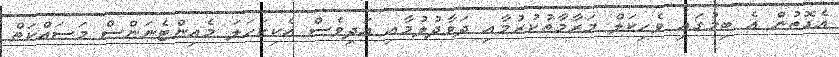
އެގޮތުން އެ ބިމުގައި ވެހިކަލް މަރާމާތުކުރުމާއި ދަވާދުލުމާއި އަދިވެސް އެކިކަހަލަ މެއިންޓެނަންސް މަސައްކަތް